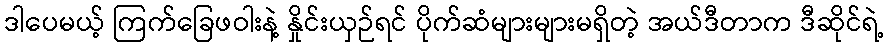
ဒါပေမယ့် ကြက်ခြေဖဝါးနဲ့ နှိုင်းယှဉ်ရင် ပိုက်ဆံများများမရှိတဲ့ အယ်ဒီတာက ဒီဆိုင်ရဲ့